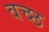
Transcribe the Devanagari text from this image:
वच्छ